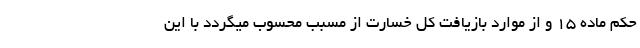
حکم ماده ١٥ و از موارد بازیافت کل خسارت از مسبب محسوب میگردد با این